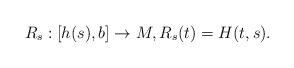
LaTeX: \begin{align*}R_{s}:[h(s),b]\rightarrow M,R_{s}(t)=H(t,s).\end{align*}